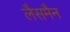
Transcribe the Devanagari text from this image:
लैसमैन